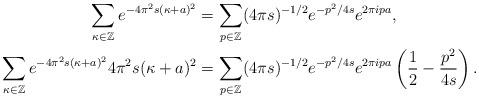
LaTeX: \begin{align*}\sum_{ \kappa\in \mathbb{Z}}e^{-4\pi^2s( \kappa+a)^2} &= \sum_{p\in \mathbb{Z}}(4\pi s)^{-1/2}e^{-p^2/4s}e^{2\pi ipa},\\\sum_{ \kappa\in \mathbb{Z}}e^{-4\pi^2s( \kappa+a)^2}4\pi^2s( \kappa+a)^2 &= \sum_{p\in \mathbb{Z}}(4\pi s)^{-1/2}e^{-p^2/4s}e^{2\pi ipa}\left(\frac{1}{2}-\frac{p^2}{4s}\right).\end{align*}